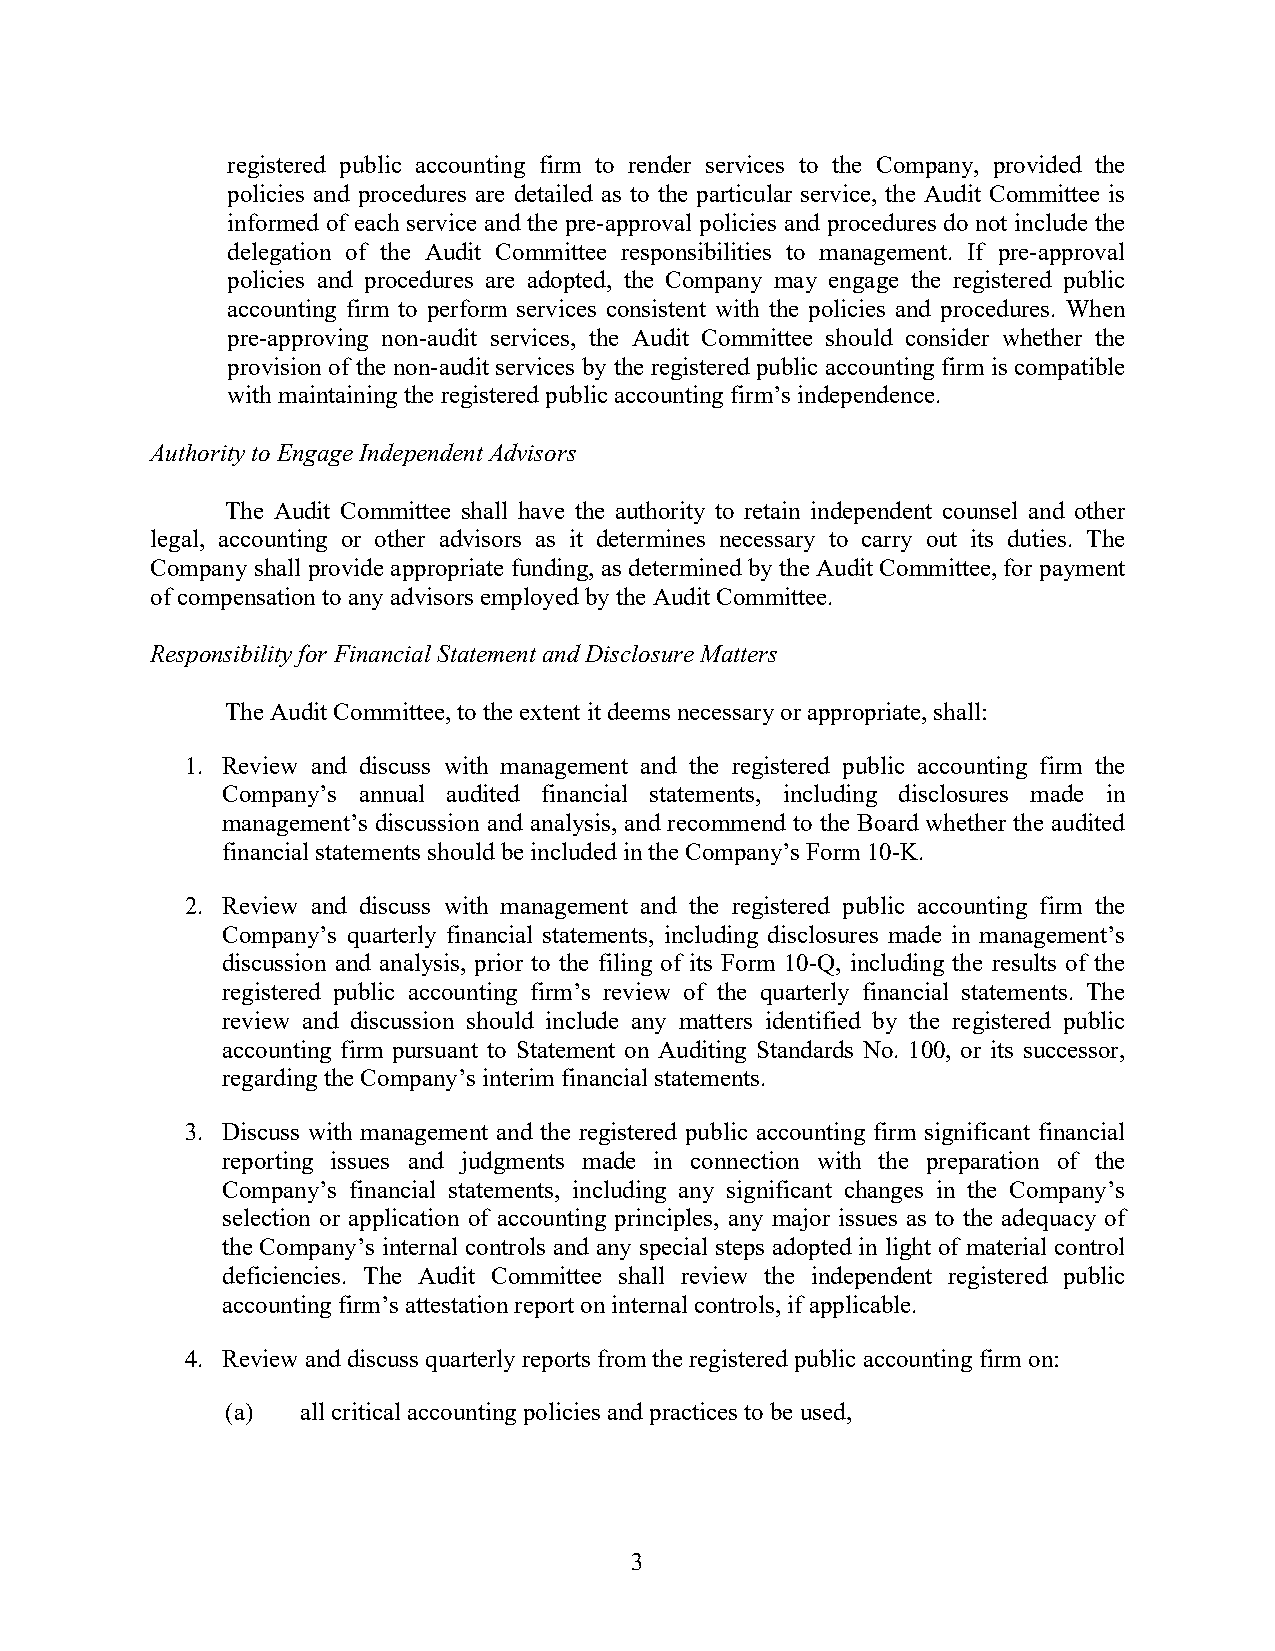
registered public accounting firm to render services to the Company, provided the
 policies and procedures are detailed as to the particular service, the Audit Committee is
 informed of each service and the pre-approval policies and procedures do not include the
 delegation of the Audit Committee responsibilities to management. If pre-approval
 policies and procedures are adopted, the Company may engage the registered public
 accounting firm to perform services consistent with the policies and procedures. When
 pre-approving non-audit services, the Audit Committee should consider whether the
 provision of the non-audit services by the registered public accounting firm is compatible
 with maintaining the registered public accounting firm’s independence.
 Authority to Engage Independent Advisors
 The Audit Committee shall have the authority to retain independent counsel and other
 legal, accounting or other advisors as it determines necessary to carry out its duties. The
 Company shall provide appropriate funding, as determined by the Audit Committee, for payment
 of compensation to any advisors employed by the Audit Committee.
 Responsibility for Financial Statement and Disclosure Matters
 The Audit Committee, to the extent it deems necessary or appropriate, shall:
 1. Review and discuss with management and the registered public accounting firm the
 Company’s annual audited financial statements, including disclosures made in
 management’s discussion and analysis, and recommend to the Board whether the audited
 financial statements should be included in the Company’s Form 10-K.
 2. Review and discuss with management and the registered public accounting firm the
 Company’s quarterly financial statements, including disclosures made in management’s
 discussion and analysis, prior to the filing of its Form 10-Q, including the results of the
 registered public accounting firm’s review of the quarterly financial statements. The
 review and discussion should include any matters identified by the registered public
 accounting firm pursuant to Statement on Auditing Standards No. 100, or its successor,
 regarding the Company’s interim financial statements.
 3. Discuss with management and the registered public accounting firm significant financial
 reporting issues and judgments made in connection with the preparation of the
 Company’s financial statements, including any significant changes in the Company’s
 selection or application of accounting principles, any major issues as to the adequacy of
 the Company’s internal controls and any special steps adopted in light of material control
 deficiencies. The Audit Committee shall review the independent registered public
 accounting firm’s attestation report on internal controls, if applicable.
 4. Review and discuss quarterly reports from the registered public accounting firm on:
 (a)  all critical accounting policies and practices to be used,
 3